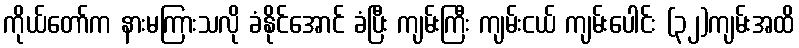
ကိုယ်တော်က နားမကြားသလို ခံနိုင်အောင် ခံပြီး ကျမ်းကြီး ကျမ်းငယ် ကျမ်းပေါင်း (၃၂)ကျမ်းအထိ